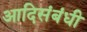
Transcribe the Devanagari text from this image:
आदिसंबंधी